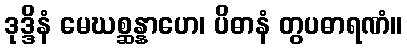
ဒုဒ္ဒိနံ မေဃစ္ဆန္နာဟေ၊ ပိဓာနံ တွပဓာရဏံ။